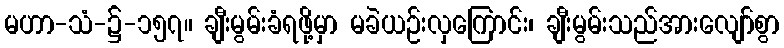
မဟာ-သံ-၌-၁၅၇။ ချီးမွမ်းခံရဖို့မှာ မခဲယဉ်းလှကြောင်း၊ ချီးမွမ်းသည်အားလျော်စွာ